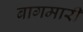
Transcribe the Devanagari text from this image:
बागमारी